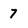
Character: 7